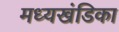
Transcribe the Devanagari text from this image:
मध्यखंडिका